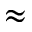
\approx